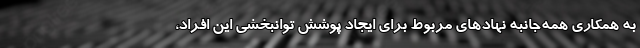
به همکاری همه‌جانبه نهادهای مربوط برای ایجاد پوشش توانبخشی این افراد،